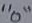
Text: "0"